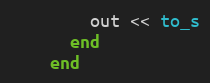
Language: Ruby
        out << to_s
      end
    end